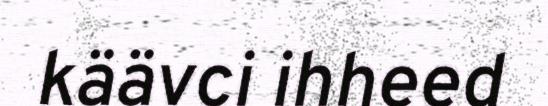
käävci ihheed